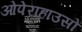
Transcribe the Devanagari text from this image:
ओपेराहाउसों